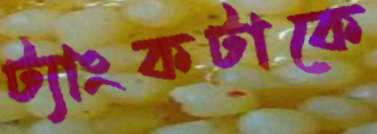
ট্যাংকটাকে